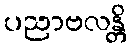
ပညာဗလန္တိ